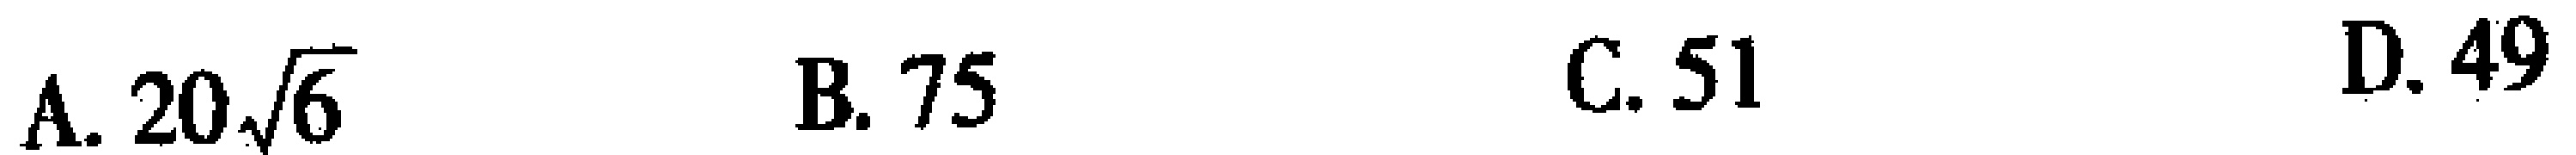
A. \(20\sqrt{6}\)  B. \(75\)  C. \(51\)  D. \(49\)